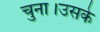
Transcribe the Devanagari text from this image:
चुना।उसके